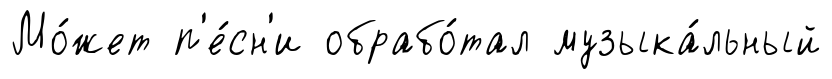
Мо́жет п'е́сн'и обрабо́тал музыка́льный